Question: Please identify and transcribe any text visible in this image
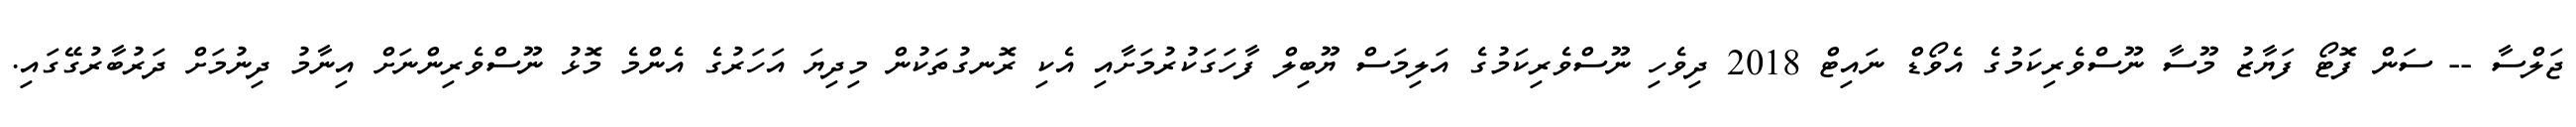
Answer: ޖަލްސާ -- ސަން ފޮޓޯ ފަޔާޒު މޫސާ ނޫސްވެރިކަމުގެ އެވޯޑް ނައިޓް 2018 ދިވެހި ނޫސްވެރިކަމުގެ އަލިމަސް ޔޫބިލް ފާހަގަކުރުމަށާއި އެކި ރޮނގުތަކުން މިދިޔަ އަހަރުގެ އެންމެ މޮޅު ނޫސްވެރިންނަށް އިނާމު ދިނުމަށް ދަރުބާރުގޭގައި.